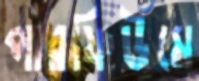
পারফিউমে